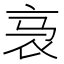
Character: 𬡇